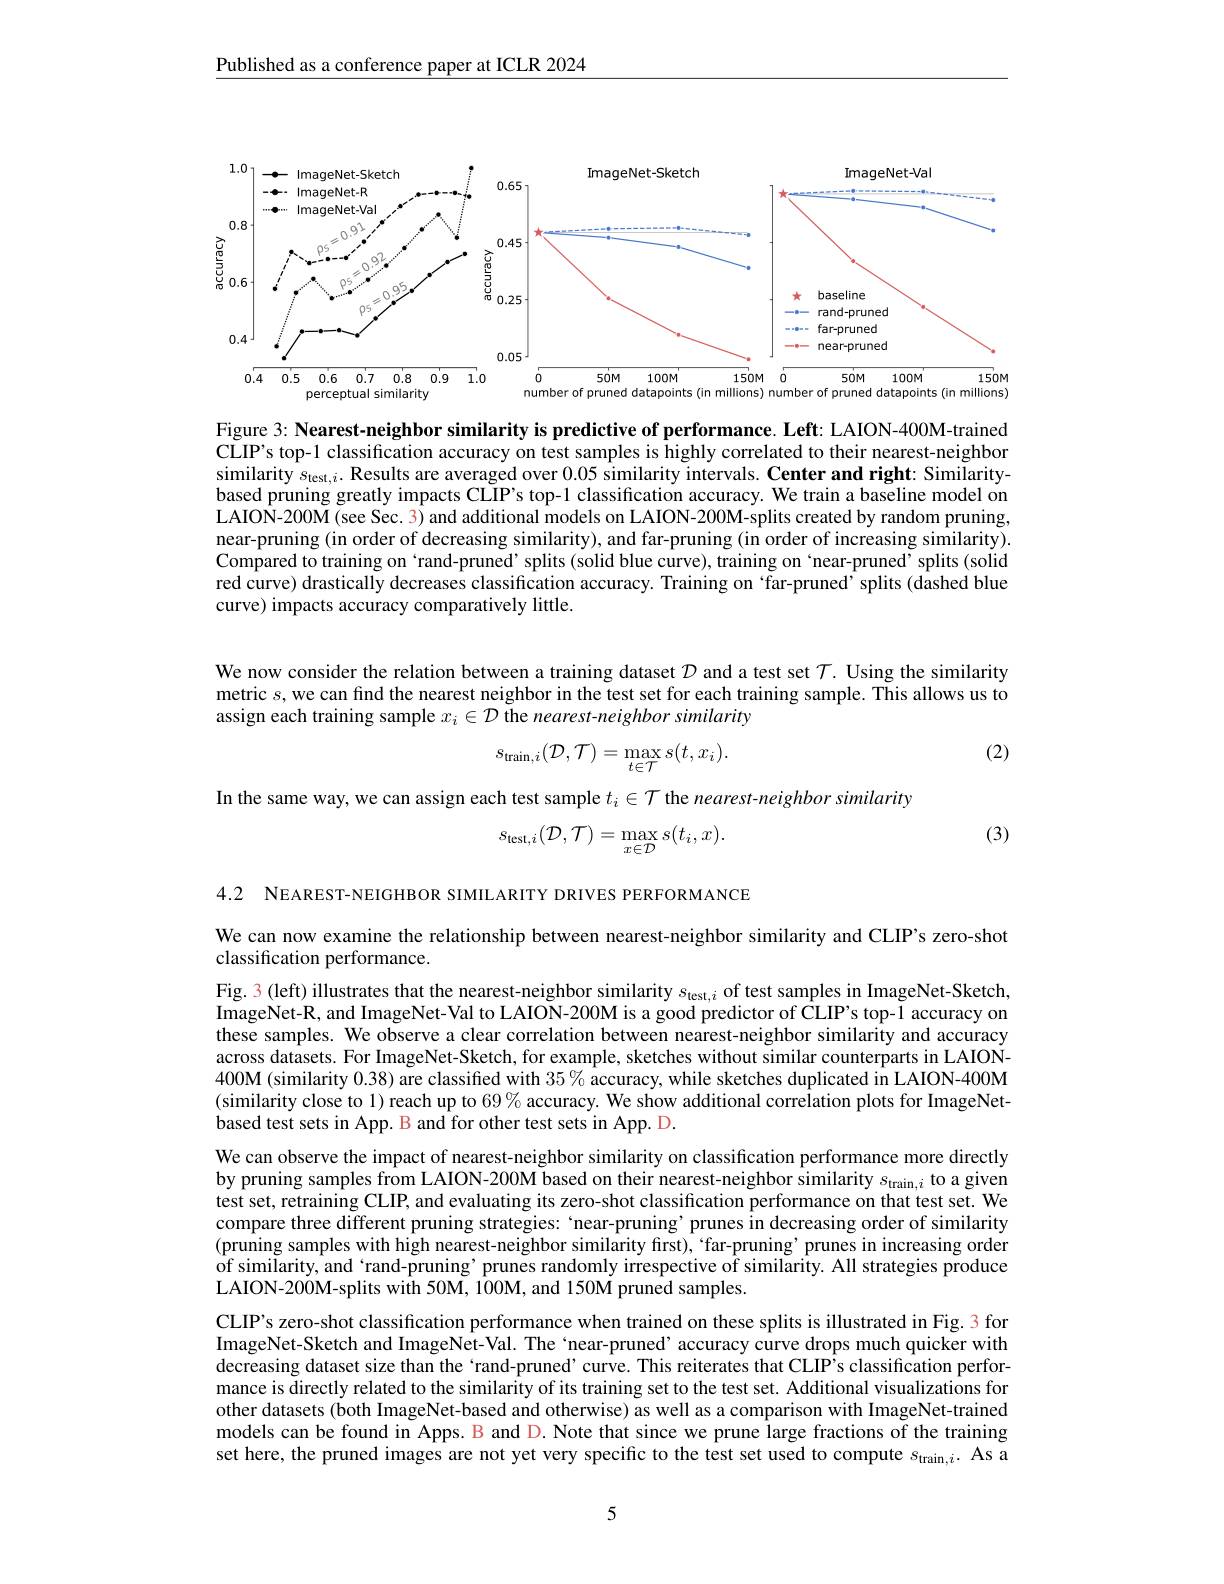
Published as a conference paper at ICLR 2024

<FigureHere>

Figure 3: Nearest-neighbor similarity is predictive of performance. Left: LAION-400M-trained CLIP's top-1 classification accuracy on test samples is highly correlated to their nearest-neighbor $\begin{array}{l}\text{similarity }s_{\text{test},i}.\textbf{Results are averaged over }0.05\text{ similarity intervals. Center and right: Similarity-}\\\text{based pruning greatly impacts CLIP's top-1 classification accuracy. We train a baseline model on}\end{array}$ LAION-200M(see Sec. 3) and additional models on LAION-200M-splits created by random pruning, near-pruning (in order of decreasing similarity), and far-pruning (in order of increasing similarity). Compared to training on `rand-pruned' splits (solid blue curve), training on ‘near-pruned’ splits (solid red curve) drastically decreases classification accuracy. Training on ‘far-pruned’splits(dashed blue curve) impacts accuracy comparatively little.

We now consider the relation between a training dataset $\mathcal{D}$ and a test set $\mathcal{T}.$ Using the similarity metric $s$, we can find the nearest neighbor in the test set for each training sample. This allows us to assign each training sample $x_i\in\mathcal{D}$ the nearest-neighbor similarity

(2)
$$s_{\text{train},i}(\mathcal{D},\mathcal{T})=\max_{t\in\mathcal{T}}s(t,x_{i}).$$
In the same way, we can assign each test sample $t_i\in\mathcal{T}$ the nearest-neighbor similarity
$$s_{\mathrm{test},i}({\mathcal D},{\mathcal T})=\operatorname*{max}_{x\in{\mathcal D}}s(t_{i},x).$$
(3)

4.2 NEAREST-NEIGHBOR SIMILARITY DRIVES PERFORMANCE

We can now examine the relationship between nearest-neighbor similarity and CLIP's zero-shot
classification performance.

Fig. 3 (left) illustrates that the nearest-neighbor similarity $s_\mathrm{test},i$ of test samples in ImageNet-Sketch ImageNet-R, and ImageNet-Val to LAION-200M is a good predictor of ÔLIP's top-1 accuracy on these samples. We observe a clear correlation between nearest-neighbor similarity and accuracy across datasets. For ImageNet-Sketch, for example, sketches without šimilar counterparts in LAION- $400\mathbf{M}$ (similarity 0.38) are classified with $35\%$ accuracy, while sketches duplicated in LAION-400M (similarity close to 1) reach up to $69\%$ accuracy. We show additional correlation plots for ImageNetbased test sets in App. B and for other test sets in App. D.
We can observe the impact of nearest-neighbor similarity on classification performance more directly by pruning samples from LAION-200M based on their nearest-neighbor similarity $s_{\mathrm{train},i}$ to a given test set, retraining CLIP, and evaluating its zero-shot classification performance on that test set. We compare three different pruning strategies: `near-pruning’prunes in decreasing order of similarity (pruning samples with high nearest-neighbor similarity first),‘far-pruning’prunes in increasing order of similarity, and 'rand-pruning’ prunes randomly irrespective of similarity. All strategies produce LAION-200M-splits with 50M, 100M, and 150M pruned samples.
CLIP's zero-shot classification performance when trained on these splits is illustrated in Fig. 3 for ImageNet-Sketch and ImageNet-Val. The `near-pruned' accuracy curve drops much quicker with decreasing dataset size than the `rand-pruned' curve. This reiterates that CLIP's classification performance is directly related to the similarity of its training set to the test set. Additional visualizations for other datasets (both ImageNet-based and otherwise) as well as a comparison with ImageNet-trained models can be found in Apps. B and D. Note that since we prune large fractions of the training set here, the pruned images are not yet very specific to the test set used to compute $s_{\mathrm{train},i}.$ As a

5